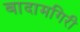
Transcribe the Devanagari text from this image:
बादामगिरी